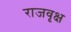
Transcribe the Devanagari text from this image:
राजवृक्ष